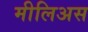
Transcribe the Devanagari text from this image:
मीलिअस